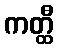
ကတ္ထီ